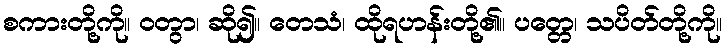
စကားတို့ကို။ ဝတွာ၊ ဆို၍။ တေသံ၊ ထိုရဟန်းတို့၏။ ပတ္တေ၊ သပိတ်တို့ကို။